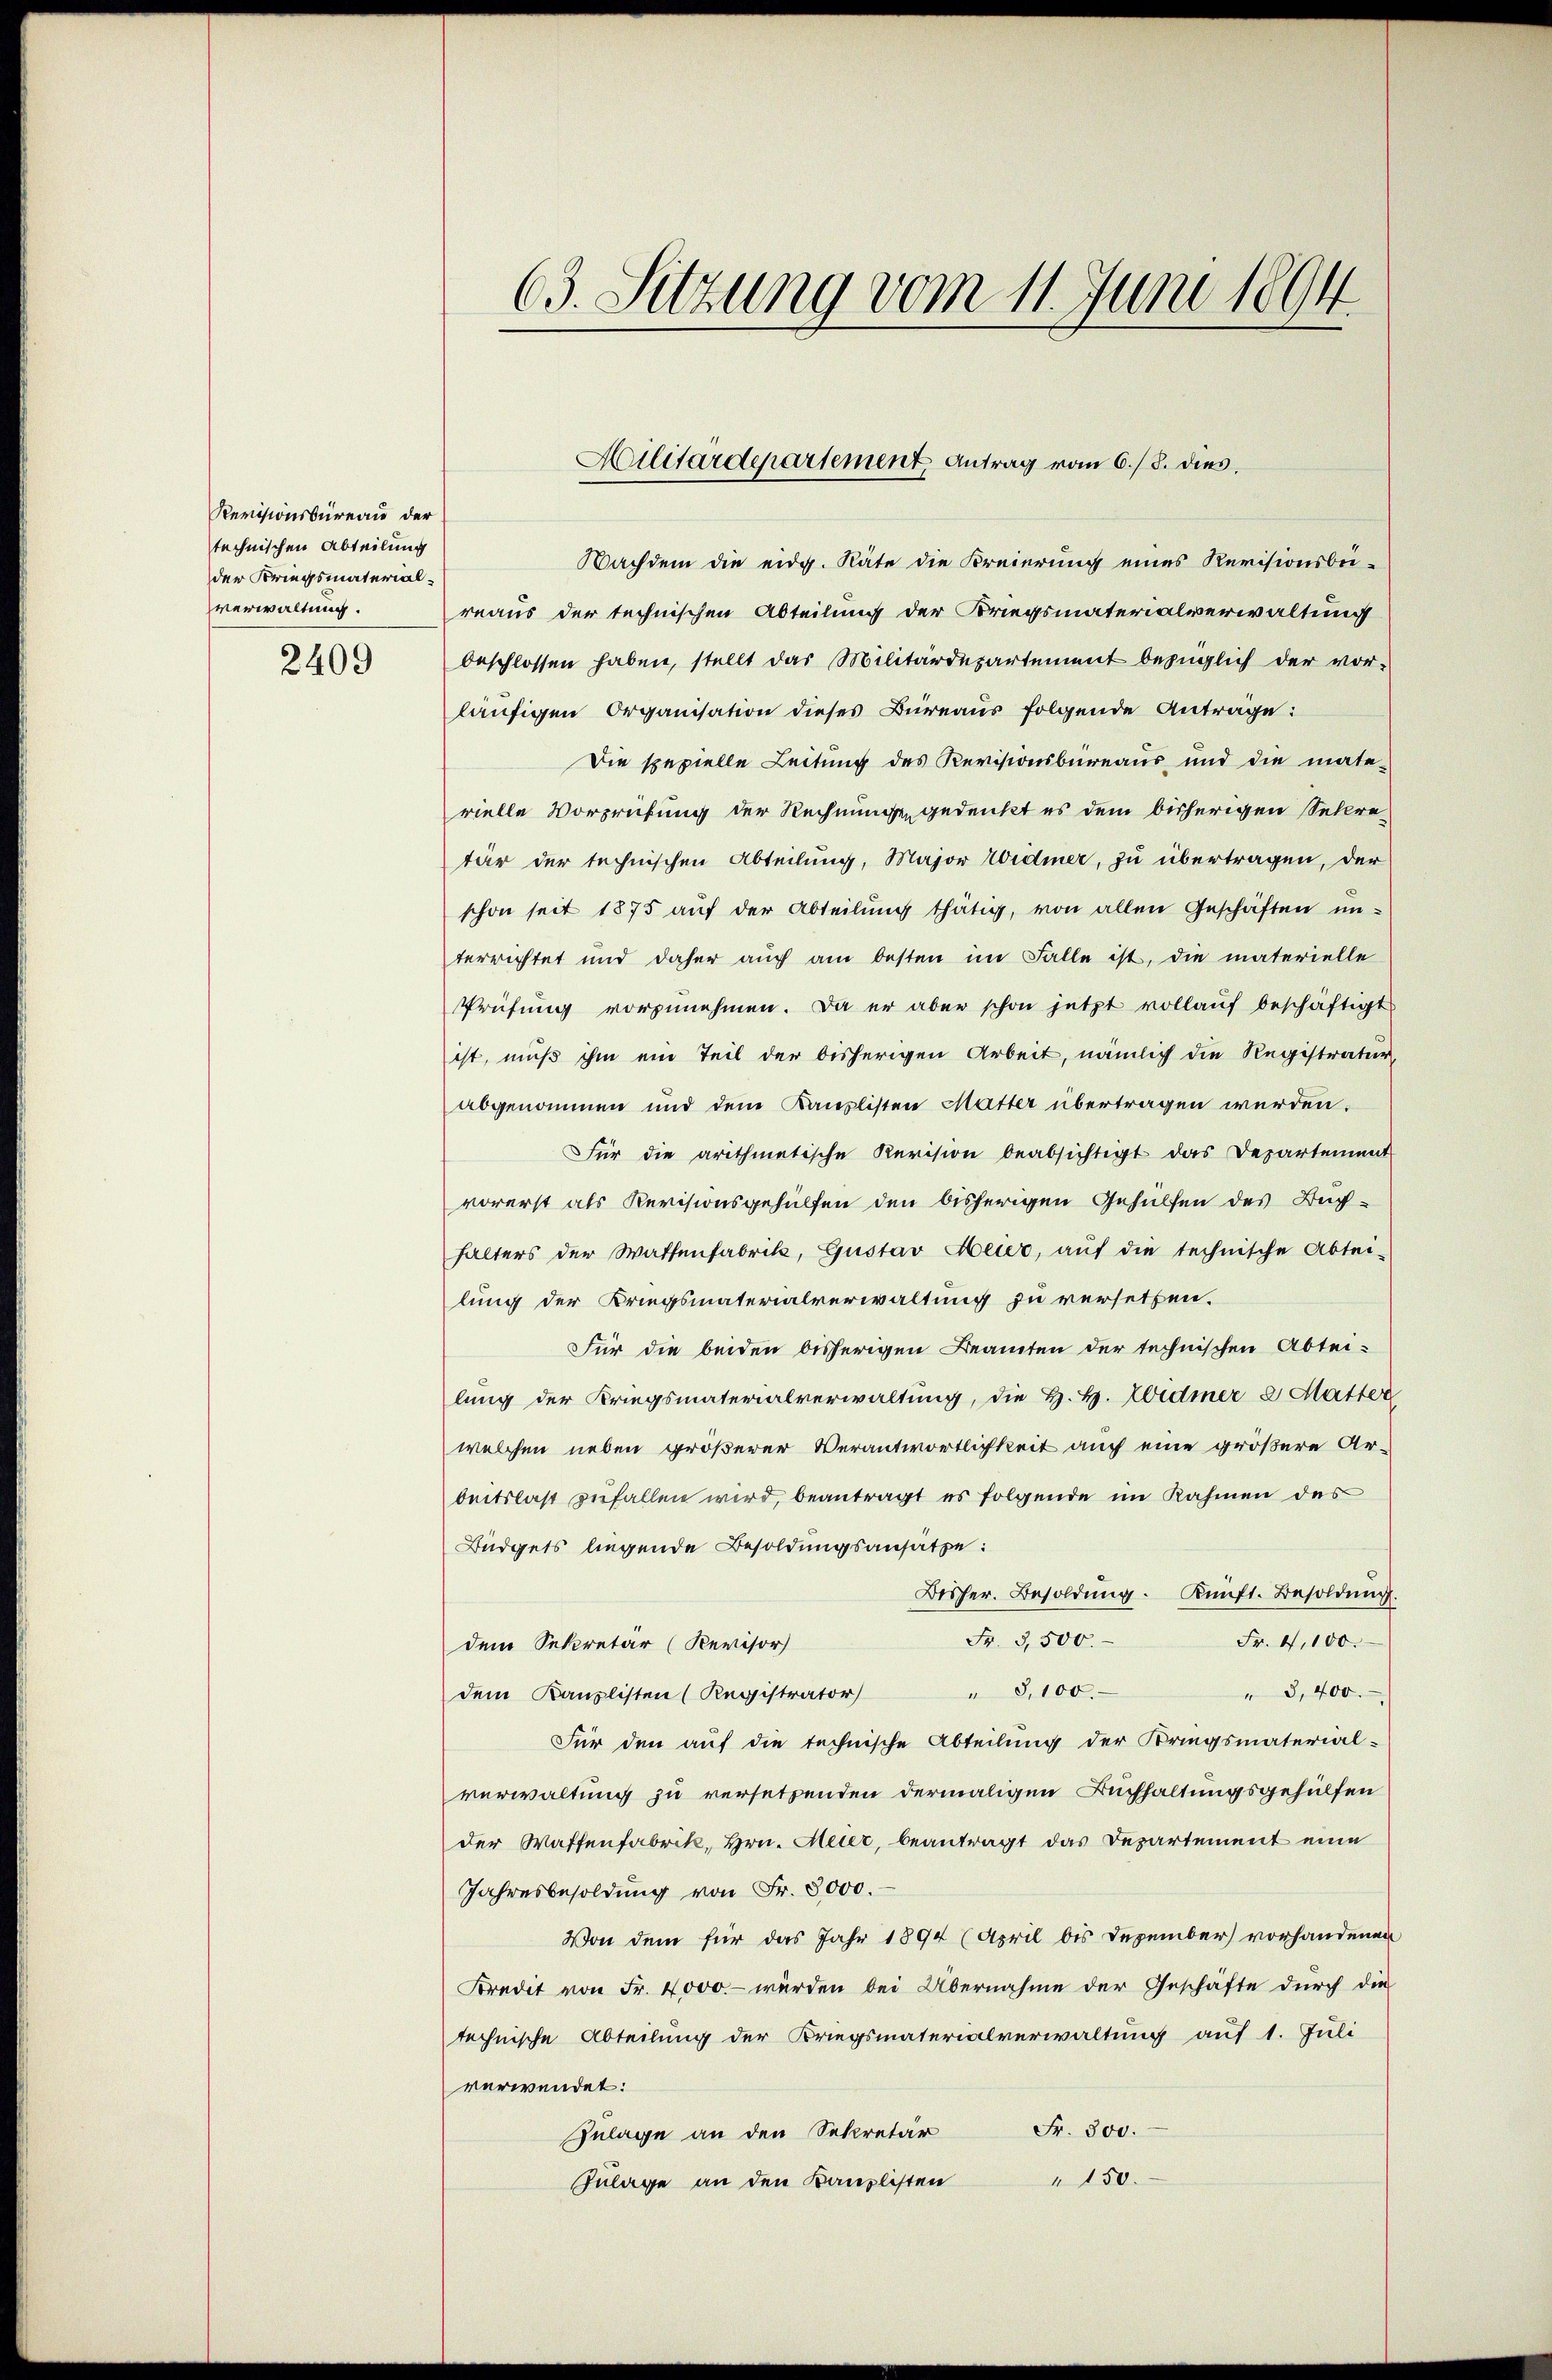
Revisionsbüreau der
technischen Abteilung
der Kriegsmaterialverwaltung.
2409

Nachdem die eidg. Räte die Breierung eines Revisionsbe-
reaus der technischen Abteilung der Kriegsmaterialverwaltung
beschlossen haben, stellt das Militärdepartement bezüglich der vor-
läufigen Organisation dieses Büreaus folgende Anträge:
Die spezielle Leitung des Revisionsbüreaus und die mate-
rielle Vorprüfung der Rechnunge gedenkt es dem bisherigen Sekretär der technischen Abteilung, Major Widmer, zu übertragen, der
schon seit 1875 aŭf der Abteilŭng thätig, von allen Geschäften un-
terrichtet und daher aŭch am besten im Falle ist, die materielle
Prüfung vorzunehmen. Da er aber schon jetzt vollauf beschäftigt
ist, muß ihm ein Teil der bisherigen Arbeit, nämlich die Registratur
abgenommen und den Kanzlisten Mutter übertragen werden.
Für die arithmetische Revision beabsichtigt das Departement
vorerst als Revisionsgehülfen den bisherigen Gehülfen des Buchhalters der Wattenfabrik, Gustav Meier, aŭf die technische Abtei-
lung der Kriegsmaterialverwaltung zu versetzen.
Für die beiden bisherigen Beamten der technischen Abtei-
lung der Kriegsmaterialverwaltung, die H. H. Widmer 2 Matter
welchen neben größerer Verantwortlichkeit auch eine größere Ar-
beitslast zufallen wird, beantragt es folgende im Rahmen des
Büdgets liegende Besoldungsansätze:
Besser. Besoldŭng. Künft. Besoldung.
Fr. 3,500.
Fr. 4,100.
dem Sekretär (Revisor
" 8,100.
" 3, 400.
dem Kanzlisten (Registrator
Für den auf die technische Abteilung der Kriegsmaterial-
verwaltung zu versetzenden dermaligen Buchhaltungsgehülfen
der Waffenfabrik, Hrn. Meier, beantragt das Departement eine
Jahresbesoldung von Fr. 8000.
Von dem für das Jahr 1894 (April bis Dezember vorhandenen
Kredit von Fr. 4000.- würden bei Übernahme der Geschäfte durch die
technische Abteilung der Kriegsmaterialverwaltung auf 1. Juli
verwendet:
Fr. 300.
Zulage an den Sekretär
150.
Zulage an den Kanzlisten

63. Sitzung vom 11. Juni 1894

Militärdepartement Antrag vom 6./8. dies